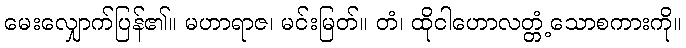
မေးလျှောက်ပြန်၏။ မဟာရာဇ၊ မင်းမြတ်။ တံ၊ ထိုငါဟောလတ္တံ့သောစကားကို။